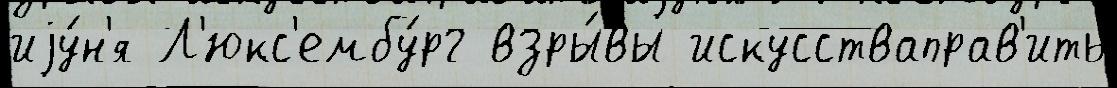
иjу́н'я Л'юкс'ембу́рг взры́вы искусстваправ'ить